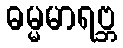
ဓမ္မမာရဗ္ဘ